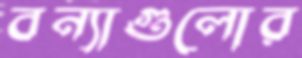
বন্যাগুলোর